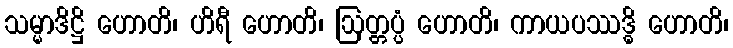
သမ္မာဒိဋ္ဌိ ဟောတိ၊ ဟိရီ ဟောတိ၊ ဩတ္တပ္ပံ ဟောတိ၊ ကာယပဿဒ္ဓိ ဟောတိ၊